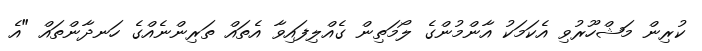
ކުރިން މަޝްހޫރުވި އެކަމަކު އާންމުންގެ ލޯމަތިން ގެއްލިފައިވާ އެތައް ތަރިންނެއްގެ ހަނދާންތައް "އެ